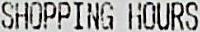
SHOPPING HOURS